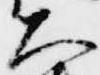
大